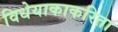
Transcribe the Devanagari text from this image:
विधेयाकाकरिता